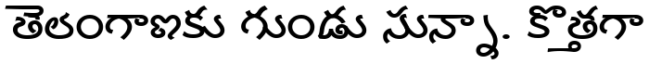
తెలంగాణకు గుండు సున్నా. కొత్తగా